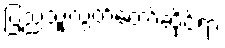
ပြည်သူ့လွှတ်တော်ဆိုင်ရာ